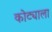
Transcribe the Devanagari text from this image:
कोट्याला